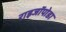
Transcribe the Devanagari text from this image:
राइजॉपोडा